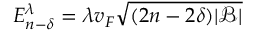
E _ { n - \delta } ^ { \lambda } = \lambda v _ { F } \sqrt { ( 2 n - 2 \delta ) | \mathcal { B } | }